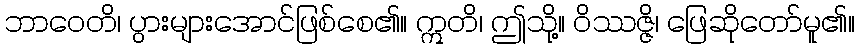
ဘာဝေတိ၊ ပွားများအောင်ဖြစ်စေ၏။ ဣတိ၊ ဤသို့။ ဝိဿဇ္ဇိ၊ ဖြေဆိုတော်မူ၏။